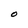
Character: O